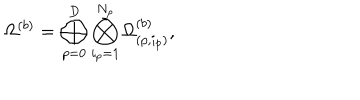
\Omega ^ { ( b ) } = \bigoplus _ { p = 0 } ^ { D } \bigotimes _ { i _ { p } = 1 } ^ { N _ { p } } \Omega _ { ( p , i _ { p } ) } ^ { ( b ) } ,